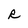
Character: R